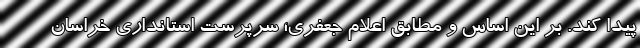
پیدا کند. بر این اساس و مطابق اعلام جعفری؛ سرپرست استانداری خراسان